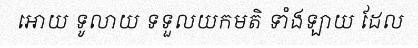
អោយ ទូលាយ ទទួលយកមតិ ទាំងឡាយ ដែល